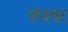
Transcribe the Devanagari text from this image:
छंदवर